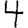
Digit: 4